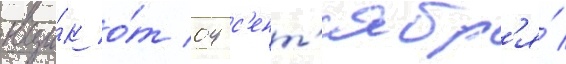
вци́к о́т 04 с'ент'ябр'я́